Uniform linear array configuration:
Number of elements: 12
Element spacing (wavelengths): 0.5
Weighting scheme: hann
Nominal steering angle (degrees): -15
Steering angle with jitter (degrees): -13.406
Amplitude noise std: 0.05
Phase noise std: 0.05

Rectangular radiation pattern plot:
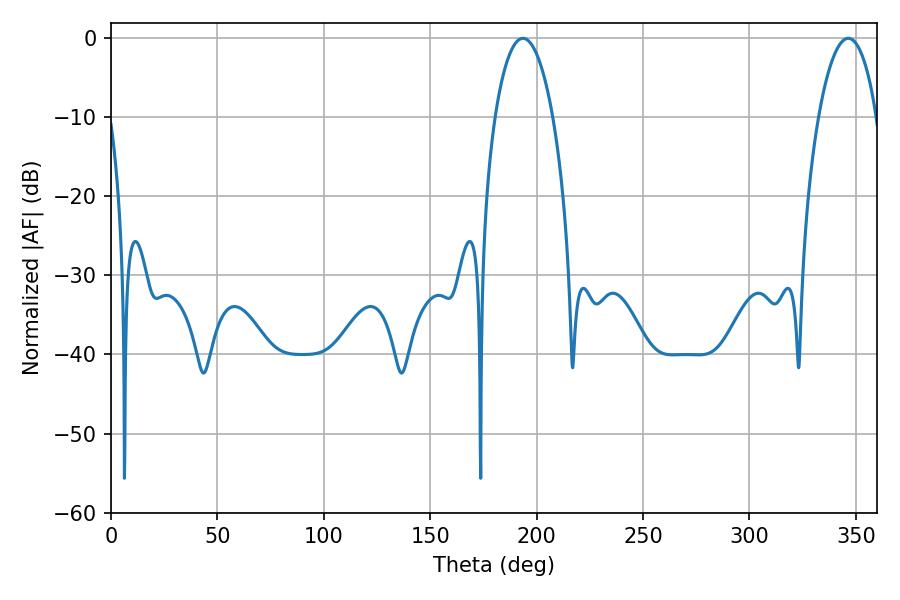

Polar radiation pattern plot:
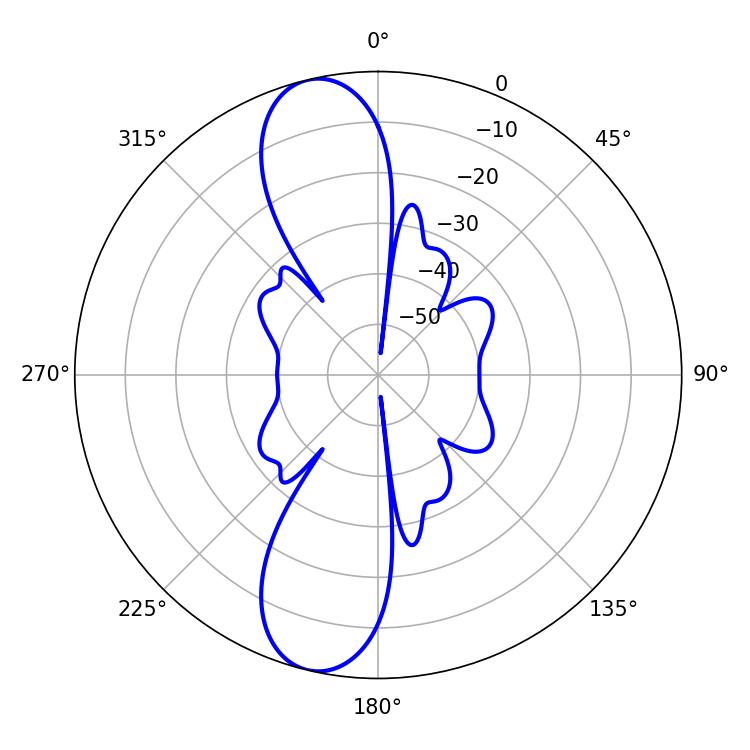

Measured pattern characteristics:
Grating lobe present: FALSE
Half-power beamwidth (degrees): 15.3
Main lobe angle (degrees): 193.5